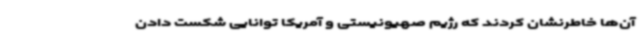
آن‌ها خاطرنشان کردند که رژیم صهیونیستی و آمریکا توانایی شکست دادن